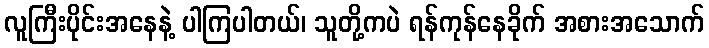
လူကြီးပိုင်းအနေနဲ့ ပါကြပါတယ်၊ သူတို့ကပဲ ရန်ကုန်နေခိုက် အစားအသောက်